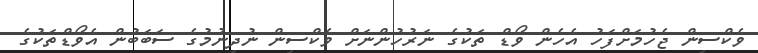
ވެކްސިން ޖެހުމަށްފަހު އެހެން ވޯޑް ތަކުގެ ނަރުހުންނަށް ވެކްސިން ނުދިނުމުގެ ސަބަބުން އެވޯޑްތަކުގެ